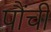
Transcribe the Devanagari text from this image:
पौंची